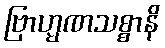
ဗြာဟ္မဏသစ္စာနိ